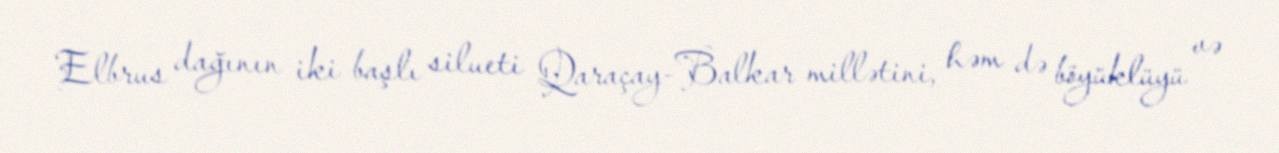
Elbrus dağının iki başlı silueti Qaraçay-Balkar millətini, həm də böyüklüyü və